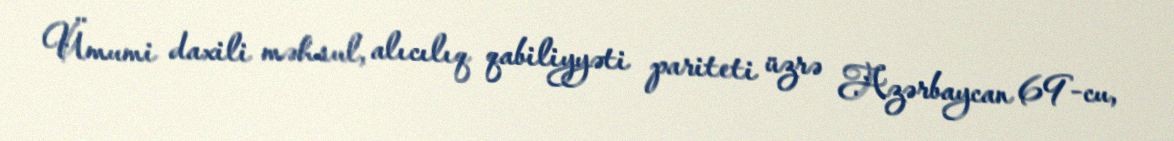
Ümumi daxili məhsul, alıcılıq qabiliyyəti pariteti üzrə Azərbaycan 69-cu,